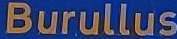
Burullus